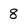
Character: 8